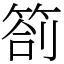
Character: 箚